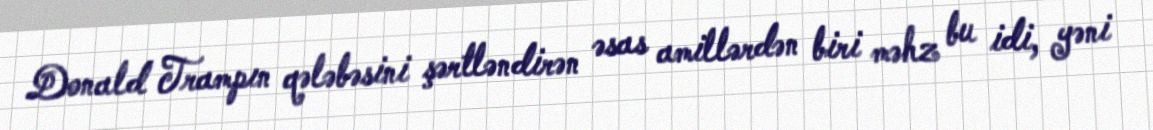
Donald Trampın qələbəsini şərtləndirən əsas amillərdən biri məhz bu idi, yəni